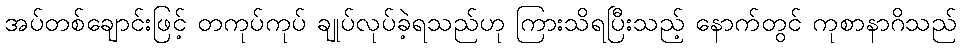
အပ်တစ်ချောင်းဖြင့် တကုပ်ကုပ် ချုပ်လုပ်ခဲ့ရသည်ဟု ကြားသိရပြီးသည့် နောက်တွင် ကုစာနာဂိသည်